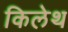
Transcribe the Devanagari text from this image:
किलेथ